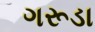
ગરૂડા